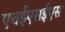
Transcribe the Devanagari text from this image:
एचईएसईएस